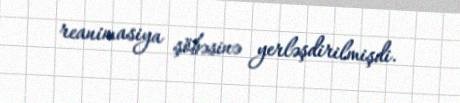
reanimasiya şöbəsinə yerləşdirilmişdi.